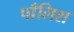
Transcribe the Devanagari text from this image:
पाँलिश